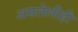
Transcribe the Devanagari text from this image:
असलेलीही